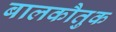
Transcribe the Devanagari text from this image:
बालकौतुक